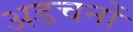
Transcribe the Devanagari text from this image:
अडचनों